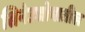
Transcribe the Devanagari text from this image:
सिनेउद्योगातील